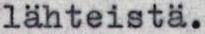
lähteistä.